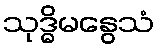
သုဒ္ဓိမနွေသံ